Annual report of the Punjab Veterinary College and of the Civil Veterinary Department, Punjab - 1926-1932
Year: 1926
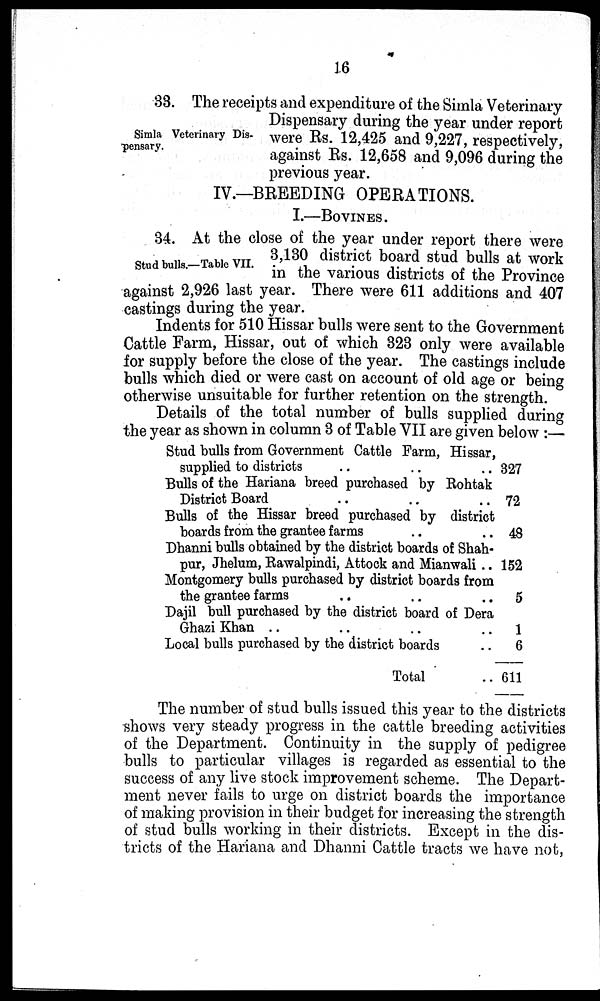
16
Simla Veterinary Dis-
pensary.
33. The receipts and expenditure of the Simla Veterinary
Dispensary during the year under report
were Rs. 12,425 and 9,227, respectively,
against Rs. 12,658 and 9,096 during the
previous year.
IV.—BREEDING OPERATIONS.
I.—BOVINES.
Stud bulls.—Table VII.
34. At the close of the year under report there were
3,130 district board stud bulls at work
in the various districts of the Province
against 2,926 last year. There were 611 additions and 407
castings during the year.
Indents for 510 Hissar bulls were sent to the Government
Cattle Farm, Hissar, out of which 323 only were available
for supply before the close of the year. The castings include
bulls which died or were cast on account of old age or being
otherwise unsuitable for further retention on the strength.
Details of the total number of bulls supplied during
the year as shown in column 3 of Table VII are given below :—
Stud bulls from Government Cattle Farm, Hissar,
supplied to districts .. .. ..
Bulls of the Hariana breed purchased by Rohtak
District Board .. .. ..
Bulls of the Hissar breed purchased by district
boards from the grantee farms .. ..
Dhanni bulls obtained by the district boards of Shah-
pur, Jhelum, Rawalpindi, Attock and Mianwali ..
Montgomery bulls purchased by district boards from
the grantee farms .. .. ..
Dajil bull purchased by the district board of Dera
Ghazi Khan .. .. .. ..
Local bulls purchased by the district boards ..
Total ..
327
72
48
152
5
1
6
611
The number of stud bulls issued this year to the districts
shows very steady progress in the cattle breeding activities
of the Department. Continuity in the supply of pedigree
bulls to particular villages is regarded as essential to the
success of any live stock improvement scheme. The Depart-
ment never fails to urge on district boards the importance
of making provision in their budget for increasing the strength
of stud bulls working in their districts. Except in the dis-
tricts of the Hariana and Dhanni Cattle tracts we have not,